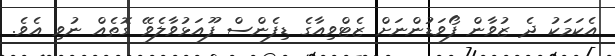
އެކަމަކު ދެ ޒުވާން ފޯވަޑުންނަށް ޒެޓްވިއާގެ ޑިފެންސް ފޫއަޅުވާލެވޭ ގޮތެއް ނުވި އެވެ.